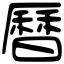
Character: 曆